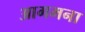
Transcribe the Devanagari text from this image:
आगमना